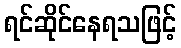
ရင်ဆိုင်နေရသဖြင့်